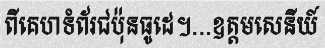
ពីគេហទំព័រជប៉ុនធូដេ។...ឧត្តមសេនីយ៍